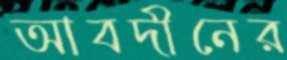
আবদীনের